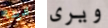
لدينا ويرى